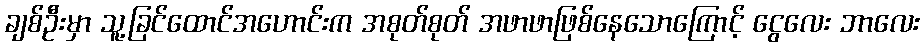
ချစ်ဦးမှာ သူ့ခြင်ထောင်အဟောင်းက အစုတ်စုတ် အဖာဖာဖြစ်နေသောကြောင့် ငွေလေး ဘာလေး